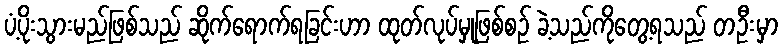
ပံ့ပိုးသွားမည်ဖြစ်သည် ဆိုက်ရောက်ရခြင်းဟာ ထုတ်လုပ်မှုဖြစ်စဉ် ခဲ့သည်ကိုတွေ့ရသည် တဦးမှာ